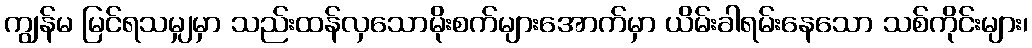
ကျွန်မ မြင်ရသမျှမှာ သည်းထန်လှသောမိုးစက်များအောက်မှာ ယိမ်းခါရမ်းနေသော သစ်ကိုင်းများ၊